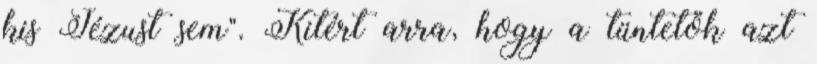
kis Jézust sem". Kitért arra, hogy a tüntetők azt